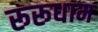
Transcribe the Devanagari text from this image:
रूरूधाम